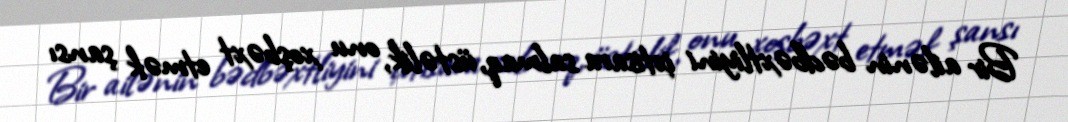
Bir ailənin bədbəxtliyini ixtisara salmaq, üstəlik, onu xoşbəxt etmək şansı